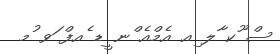
ސް ޫކ ާލ ިއ އެމްއެ ްނ ީޑ ެއފް ަވ ުމ